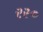
રર૦